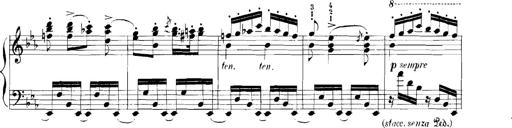
Title: Rhapsodies hongroises
Composer: Franz Liszt